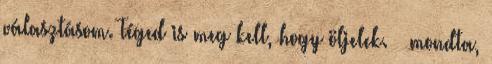
választásom. Téged is meg kell, hogy öljelek. – mondta,